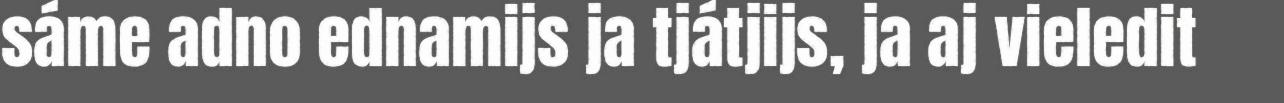
sáme adno ednamijs ja tjátjijs, ja aj vieledit